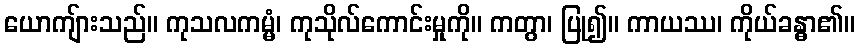
ယောကျ်ားသည်။ ကုသလကမ္မံ၊ ကုသိုလ်ကောင်းမှုကို။ ကတွာ၊ ပြု၍။ ကာယဿ၊ ကိုယ်ခန္ဓာ၏။